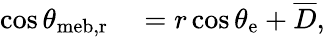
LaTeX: \begin{array}{rl}{\cos\theta_{\mathrm{{meb,r}}}}&{{}=r\cos\theta_{\mathrm{{e}}}+\overline{{D}},}\end{array}